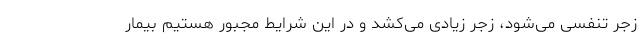
زجر تنفسی می‌شود، زجر زیادی می‌کشد و در این شرایط مجبور هستیم بیمار